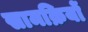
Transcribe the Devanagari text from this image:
सामक्रियों